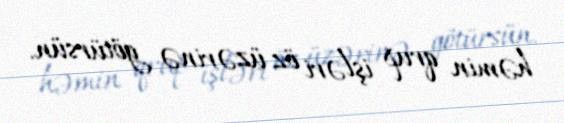
həmin qrup işləri öz üzərinə götürsün.